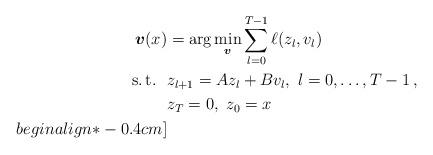
LaTeX: \begin{align*}\boldsymbol{v}(x)&=\arg\min_{\boldsymbol{v}} \sum_{l=0}^{{T}-1} \ell(z_l,v_l) \\\mbox{s.\,t.} \ \ & {z}_{l+1}=A{z}_{l}+B v_{l}, \ l=0,\dots,T-1\, , \\& z_{T}=0, \ z_0=x \\begin{align*}-0.4cm]\end{align*}